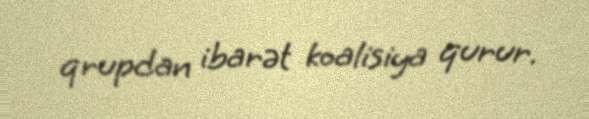
qrupdan ibarət koalisiya qurur.